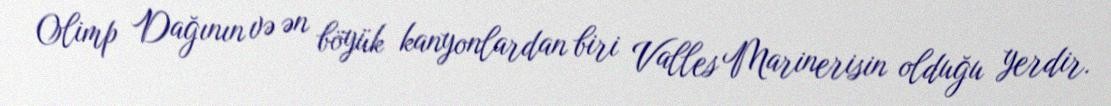
Olimp Dağının və ən böyük kanyonlardan biri Valles Marinerisin olduğu yerdir.